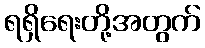
ရရှိရေးတို့အတွက်